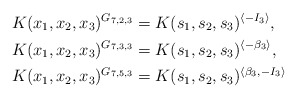
\begin{align*}K(x_1,x_2,x_3)^{G_{7,2,3}}&=K(s_1,s_2,s_3)^{\langle-I_3\rangle},\\K(x_1,x_2,x_3)^{G_{7,3,3}}&=K(s_1,s_2,s_3)^{\langle-\beta_3\rangle},\\K(x_1,x_2,x_3)^{G_{7,5,3}}&=K(s_1,s_2,s_3)^{\langle\beta_3,-I_3\rangle}\end{align*}